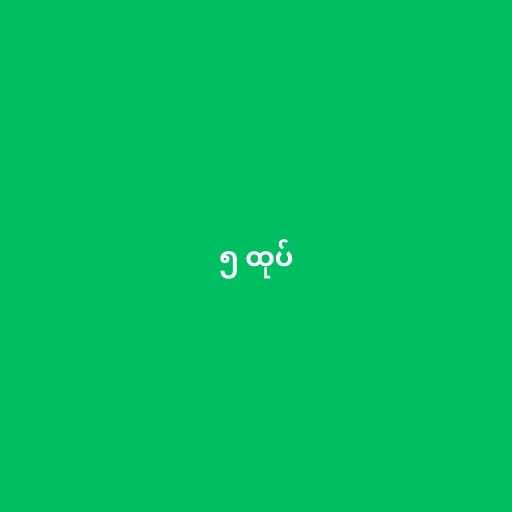
၅ ထုပ်